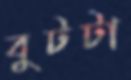
বুটটা